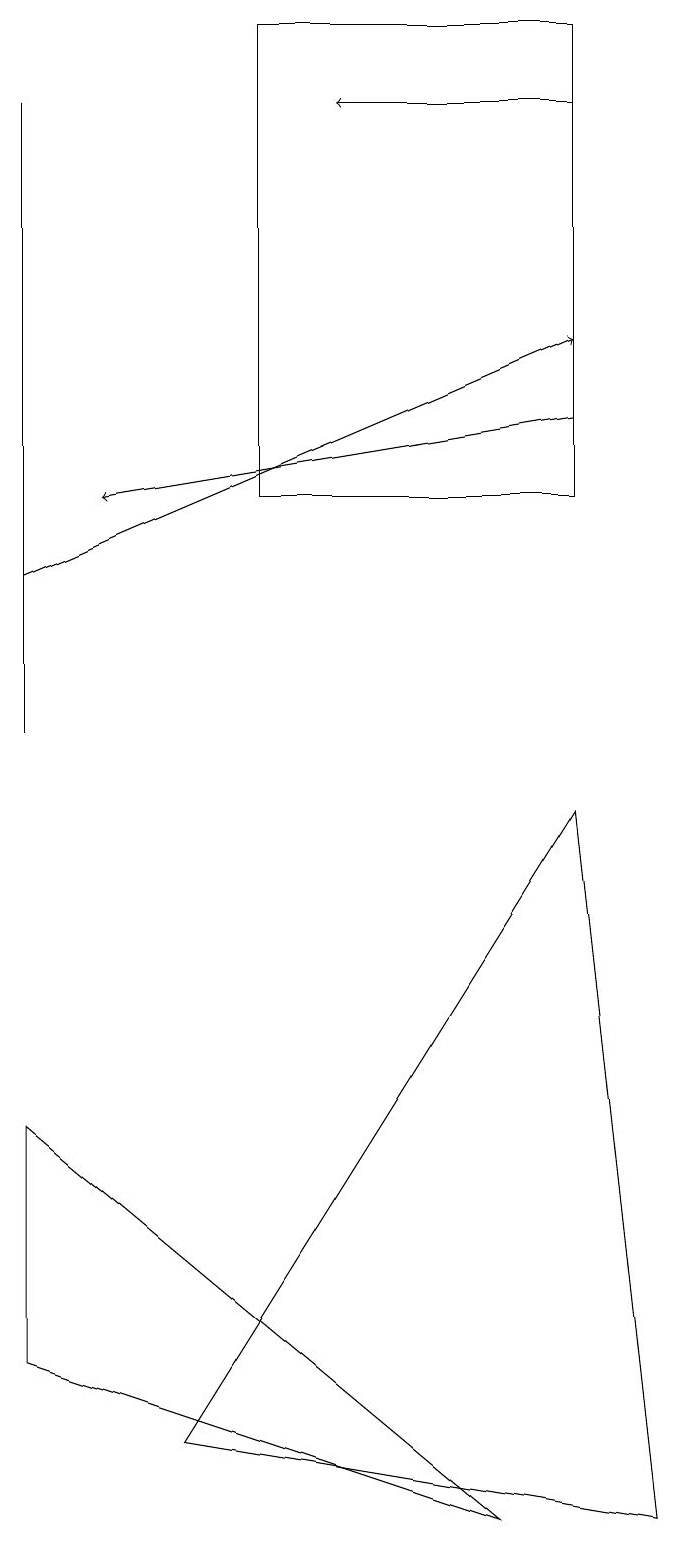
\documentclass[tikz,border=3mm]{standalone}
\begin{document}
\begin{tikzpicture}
\draw (1,14) rectangle (1,11);
\draw (4,13) rectangle (8,19);
\draw (8,9) -- (3,1) -- (9,0) -- cycle;
\draw[->] (8,14) -- (2,13);
\draw (1,10) rectangle (1,18);
\draw[->] (8,18) -- (5,18);
\draw (1,2) -- (7,0) -- (1,5) -- cycle;
\draw[->] (1,12) -- (8,15);
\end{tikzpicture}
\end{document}